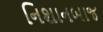
નિશાનબાજ